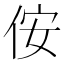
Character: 侒